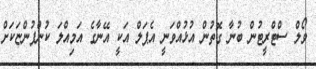
ވޯލް ސްޓްރީޓުން ބުނާ ގޮތުން އުޅުއްވަނީ އެޕަލް އަކީ އޭނާގެ އަމިއްލަ ކުންފުންޏަކަށް